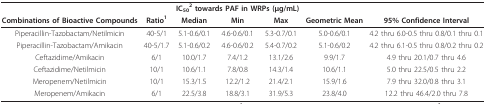
<table><thead><tr><td></td><td></td><td colspan="3"><b>IC<sub>50</sub><sup>2 </sup>towards PAF in WRPs (μg/mL)</b></td><td></td><td></td></tr><tr><td><b>Combinations of Bioactive Compounds</b></td><td><b>Ratio<sup>1</sup></b></td><td><b>Median</b></td><td><b>Min</b></td><td><b>Max</b></td><td><b>Geometric Mean</b></td><td><b>95% Confidence Interval</b></td></tr></thead><tbody><tr><td>Piperacillin-Tazobactam/Netilmicin</td><td>40-5/1</td><td>5.1-0.6/0.1</td><td>4.6-0.6/0.1</td><td>5.3-0.7/0.1</td><td>5.0-0.6/0.1</td><td>4.2 thru 6.0-0.5 thru 0.8/0.1 thru 0.1</td></tr><tr><td>Piperacillin-Tazobactam/Amikacin</td><td>40-5/1.7</td><td>5.1-0.6/0.2</td><td>4.6-0.6/0.2</td><td>5.4-0.7/0.2</td><td>5.1-0.6/0.2</td><td>4.2 thru 6.1-0.5 thru 0.8/0.2 thru 0.2</td></tr><tr><td>Ceftazidime/Amikacin</td><td>6/1</td><td>10.0/1.7</td><td>7.4/1.2</td><td>13.1/2.6</td><td>9.9/1.7</td><td>4.9 thru 20.1/0.7 thru 4.6</td></tr><tr><td>Ceftazidime/Netilmicin</td><td>10/1</td><td>10.6/1.1</td><td>7.8/0.8</td><td>14.3/1.4</td><td>10.6/1.1</td><td>5.0 thru 22.5/0.5 thru 2.2</td></tr><tr><td>Meropenem/Netilmicin</td><td>10/1</td><td>15.3/1.5</td><td>12.2/1.2</td><td>21.4/2.1</td><td>15.9/1.6</td><td>7.9 thru 32.0/0.8 thru 3.1</td></tr><tr><td>Meropenem/Amikacin</td><td>6/1</td><td>22.5/3.8</td><td>18.8/3.1</td><td>31.9/5.3</td><td>23.8/4.0</td><td>12.2 thru 46.4/2.0 thru 7.8</td></tr></tbody></table>